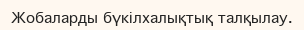
Жобаларды бүкілхалықтық талқылау.